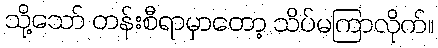
သို့သော် တန်းစီရာမှာတော့ သိပ်မကြာလိုက်။